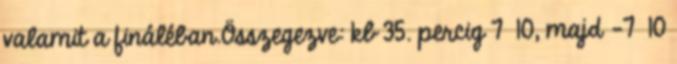
valamit a fináléban.Összegezve: kb 35. percig 7 10, majd -7 10